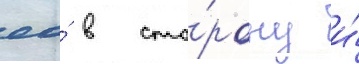
ео́ в сто́рону и́